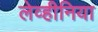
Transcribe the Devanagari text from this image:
लेव्हीनिया